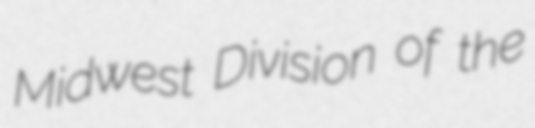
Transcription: Midwest Division of the